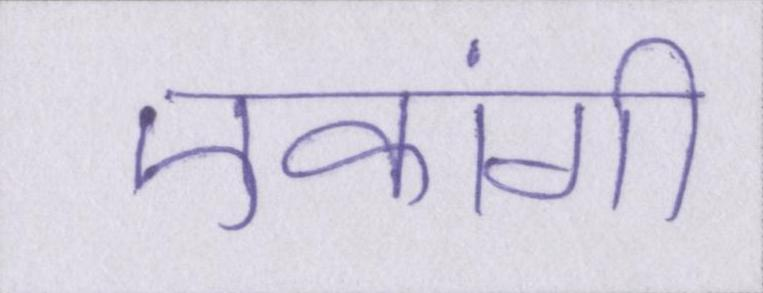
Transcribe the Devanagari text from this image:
एकांगी